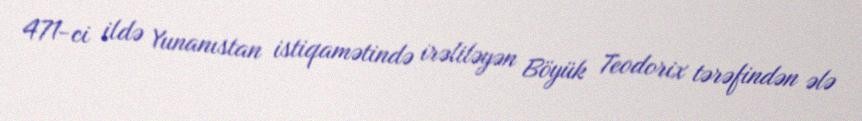
471-ci ildə Yunanıstan istiqamətində irəliləyən Böyük Teodorix tərəfindən ələ